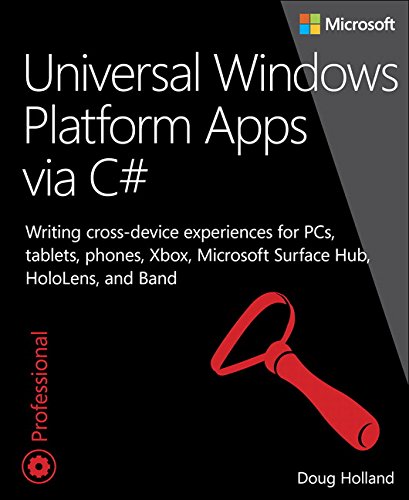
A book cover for Universal Windows Platform Apps via C#: Writing cross-device experiences for PCs, tablets, phones, Xbox, Microsoft Surface Hub, HoloLens, and Band (Developer Reference); Doug Holland; Computers & Technology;